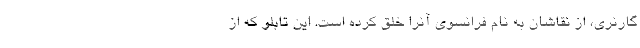
گارنری، از نقاشان به نام فرانسوی آنرا خلق کرده است. این تابلو که از